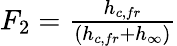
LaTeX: \begin{array}{r}{F_{2}=\frac{h_{c,fr}}{(h_{c,fr}+h_{\infty})}}\end{array}